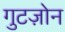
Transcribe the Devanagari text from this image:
गुटज़ोन